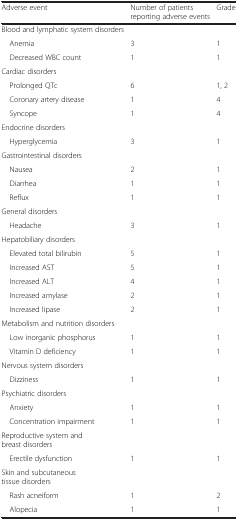
| Adverse event | Number of patients reporting adverse events | Grade |
 | --- | --- | --- |
 | Blood and lymphatic system disorders |  |  |
 | Anemia | 3 | 1 |
 | Decreased WBC count | 1 | 1 |
 | Cardiac disorders |  |  |
 | Prolonged QTc | 6 | 1, 2 |
 | Coronary artery disease | 1 | 4 |
 | Syncope | 1 | 4 |
 | Endocrine disorders |  |  |
 | Hyperglycemia | 3 | 1 |
 | Gastrointestinal disorders |  |  |
 | Nausea | 2 | 1 |
 | Diarrhea | 1 | 1 |
 | Reflux | 1 | 1 |
 | General disorders |  |  |
 | Headache | 3 | 1 |
 | Hepatobiliary disorders |  |  |
 | Elevated total bilirubin | 5 | 1 |
 | Increased AST | 5 | 1 |
 | Increased ALT | 4 | 1 |
 | Increased amylase | 2 | 1 |
 | Increased lipase | 2 | 1 |
 | Metabolism and nutrition disorders |  |  |
 | Low inorganic phosphorus | 1 | 1 |
 | Vitamin D deficiency | 1 | 1 |
 | Nervous system disorders |  |  |
 | Dizziness | 1 | 1 |
 | Psychiatric disorders |  |  |
 | Anxiety | 1 | 1 |
 | Concentration impairment | 1 | 1 |
 | Reproductive system and breast disorders |  |  |
 | Erectile dysfunction | 1 | 1 |
 | Skin and subcutaneous tissue disorders |  |  |
 | Rash acneiform | 1 | 2 |
 | Alopecia | 1 | 1 |